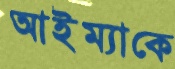
আইম্যাকে